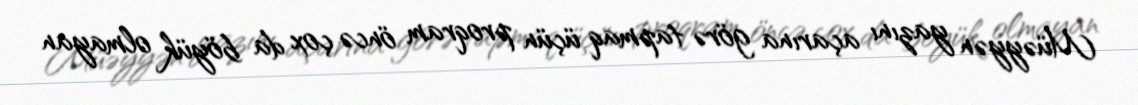
Müəyyən yazını açarına görə tapmaq üçün proqram öncə çox da böyük olmayan